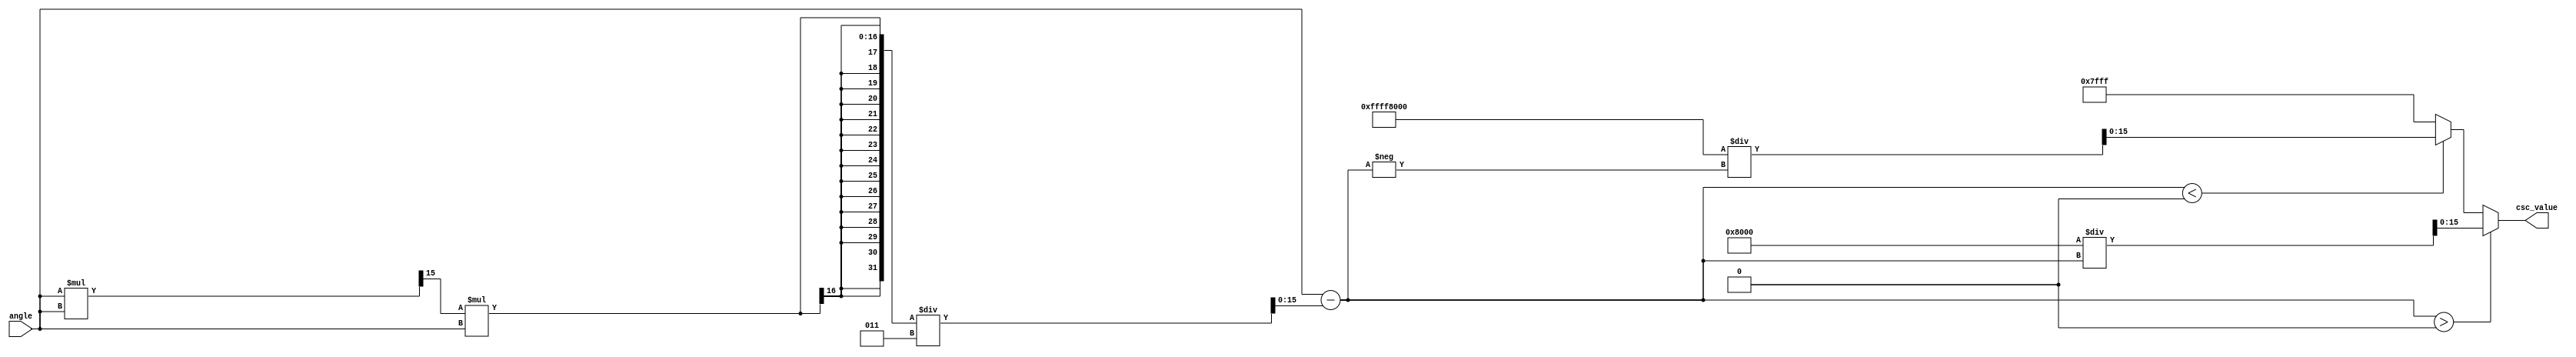
module csc_arithmetic_block (
    input wire signed [16-1:0] angle, // Q1.15 fixed-point input
    output reg signed [16-1:0] csc_value // Q1.15 fixed-point output
);

// Internal signals
wire signed [16-1:0] sine_value;
reg signed [16-1:0] reciprocal;

// Sine approximation using a simple Taylor series (limited to small angles)
function signed [16-1:0] sine_approx;
    input signed [16-1:0] x; // Input angle in radians
    reg signed [16-1:0] x2;
    begin
        x2 = (x * x) >>> 15; // x^2 in Q1.15 format
        sine_approx = x - (x2 * x) / 3; // x - x^3/6 (limited to first two terms)
    end
endfunction

// Compute sine value
assign sine_value = sine_approx(angle);

// Compute reciprocal of sine value
always @(*) begin
    if (sine_value > 0) begin
        reciprocal = (1 << 15) / sine_value; // Q1.15 reciprocal
    end else if (sine_value < 0) begin
        reciprocal = -(1 << 15) / (-sine_value); // Q1.15 reciprocal for negative sine
    end else begin
        reciprocal = 16'h7FFF; // Output predefined value (infinity) for undefined csc
    end
end

// Assign csc_value
always @(*) begin
    csc_value = reciprocal;
end

endmodule